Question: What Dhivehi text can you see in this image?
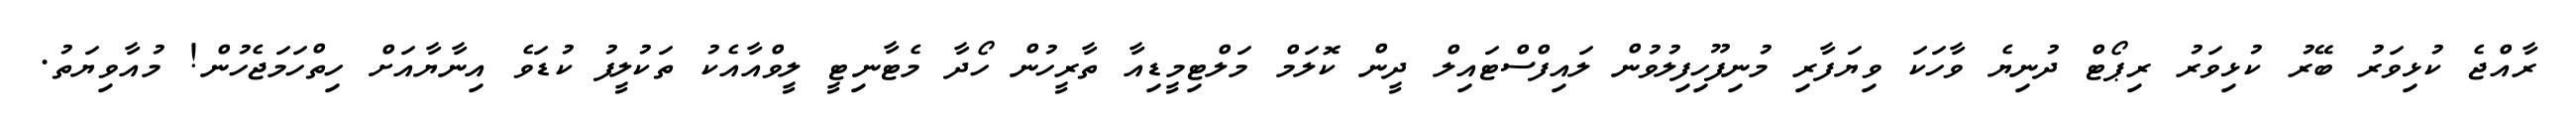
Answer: ރާއްޖެ ކުޅިވަރު ބޭރު ކުޅިވަރު ރިޕޯޓް ދުނިޔެ ވާހަކަ ވިޔަފާރި މުނިފޫހިފިލުވުން ލައިފްސްޓައިލް ދީން ކޮލަމް މަލްޓިމީޑިއާ ތާރީހުން ހޯދާ މެޓާނިޓީ ލީވްއާއެކު ތަކުލީފު ކުޑަވެ އިނާޔާއަށް ހިތްހަމަޖެހުން! މުއާވިޔަތު.